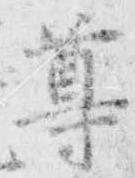
尊